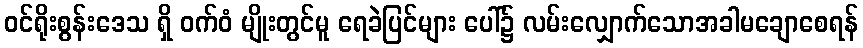
ဝင်ရိုးစွန်းဒေသ ရှိ ဝက်ဝံ မျိုးတွင်မူ ရေခဲပြင်များ ပေါ်၌ လမ်းလျှောက်သောအခါမချောစေရန်